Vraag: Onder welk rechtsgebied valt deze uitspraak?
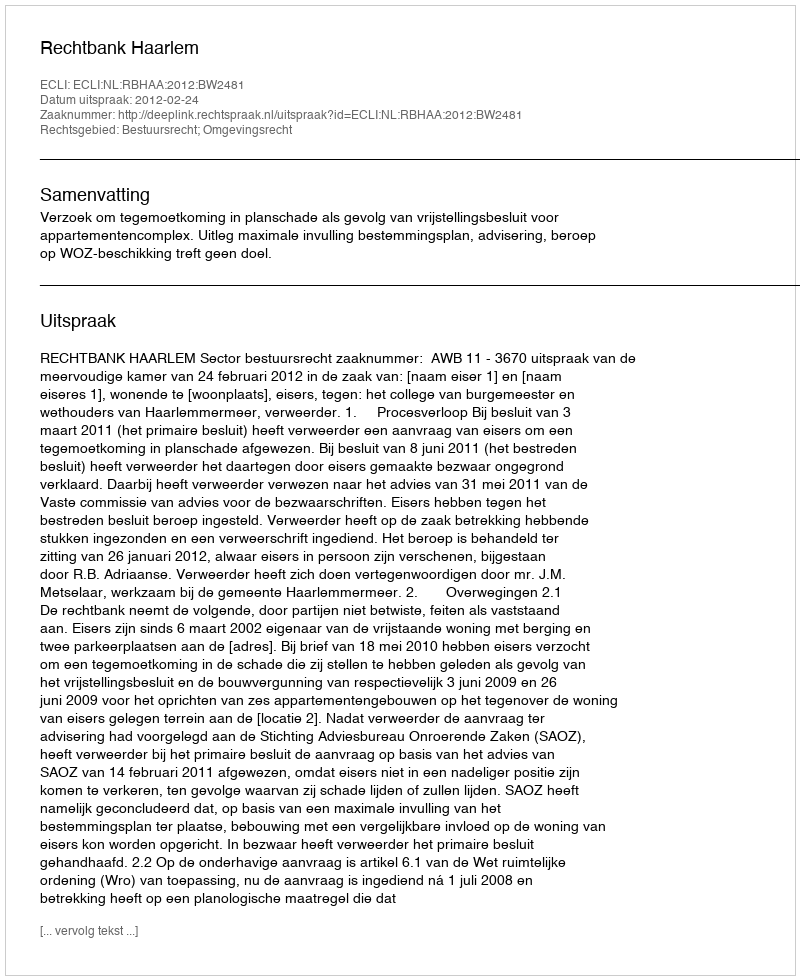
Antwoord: Bestuursrecht; Omgevingsrecht